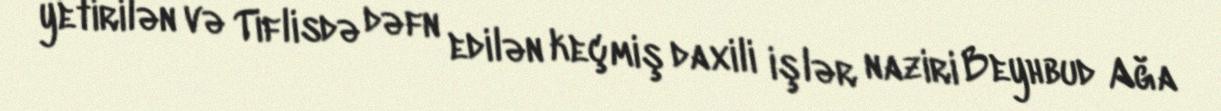
yetirilən və Tiflisdə dəfn edilən keçmiş daxili işlər naziri Beyhbud Ağa